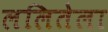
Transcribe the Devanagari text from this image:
ललितेला